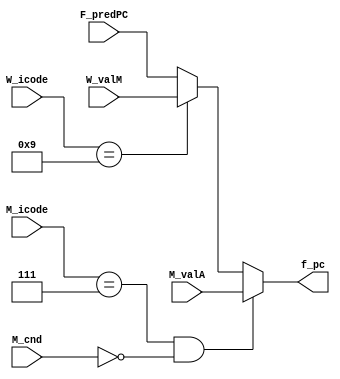
module selectPC (       
    M_icode, M_cnd, M_valA, W_icode, W_valM, F_predPC, f_pc
);

input [3:0] M_icode, W_icode;
input M_cnd;
input [63:0] M_valA, W_valM, F_predPC;

output reg [63:0] f_pc;

always @(*)
begin

    f_pc = F_predPC; //Default Value

    if(M_icode == 4'b0111 && !M_cnd)
    begin f_pc = M_valA; end // Mispredicted branch. Fetch at incremented PC

    else if(W_icode == 4'b1001)
    begin f_pc = W_valM; end //C ompletion of RET instruction

end 
endmodule